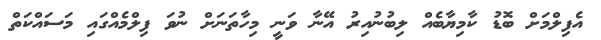
އެފިލްމަށް ބޮޑު ކާމިޔާބެއް ލިބުނުއިރު އޭނާ ވަނީ މިހާތަނަށް ނުވަ ފިލްމެއްގައި މަސައްކަތް